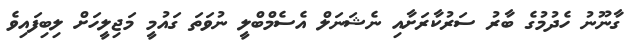
ގާނޫނު ހެދުމުގެ ބާރު ސަރުކާރަށާއި ނެޝަނަލް އެސެމްބްލީ ނުވަތަ ގައުމީ މަޖިލީހަށް ލިބިފައިވެ